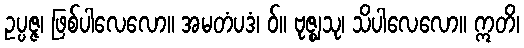
ဥပ္ပဇ္ဇ၊ ဖြစ်ပါလေလော။ အမတံပဒံ၊ ဝ်။ ဗုဇ္ဈသု၊ သိပါလေလော။ ဣတိ၊